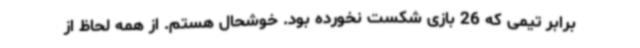
برابر تیمی که 26 بازی شکست نخورده بود. خوشحال هستم. از همه لحاظ از